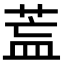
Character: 𦱣